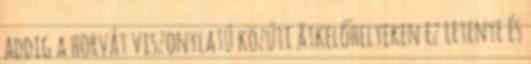
addig a horvát viszonylatú közúti átkelőhelyeken ez Letenye és